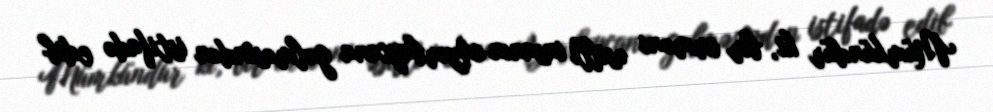
Mümkündür ki, bir erməni əsilli insanın Azərbaycana gəlməsindən istifadə edib